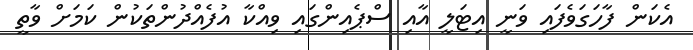
އެކަން ފާހަގަވެފައި ވަނީ އިޓަލީ އާއި ސްޕެއިންގައި ވިއްކާ އުފެއްދުންތަކުން ކަމަށް ވާތީ